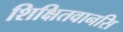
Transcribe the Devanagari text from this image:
शिक्षितवानसि